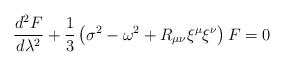
\begin{align*}\frac{d^{2}F}{d\lambda^{2}} + \frac{1}{3}\left ( \sigma^{2} -\omega^{2} + R_{\mu\nu}\xi^{\mu}\xi^{\nu} \right ) F = 0\end{align*}